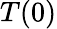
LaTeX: T(0)